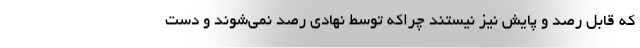
که قابل رصد و پایش نیز نیستند چراکه توسط نهادی رصد نمی‌شوند و دست